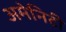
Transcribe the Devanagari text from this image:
अमेनिटी